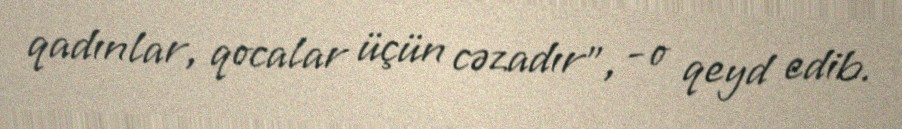
qadınlar, qocalar üçün cəzadır”, - o qeyd edib.